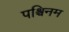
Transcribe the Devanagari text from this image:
पश्चिनम